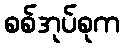
စစ်အုပ်စုက